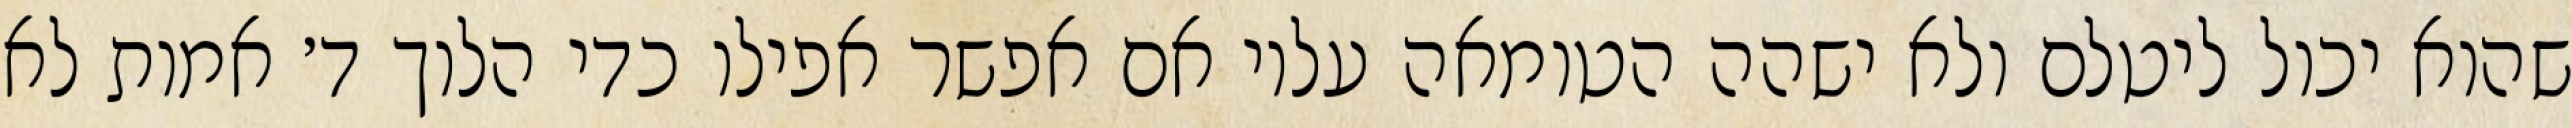
שהוא יכול ליטלם ולא ישהה הטומאה עליו אם אפשר אפילו כדי הלוך ד׳ אמות לא